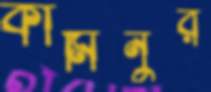
কামিনুর